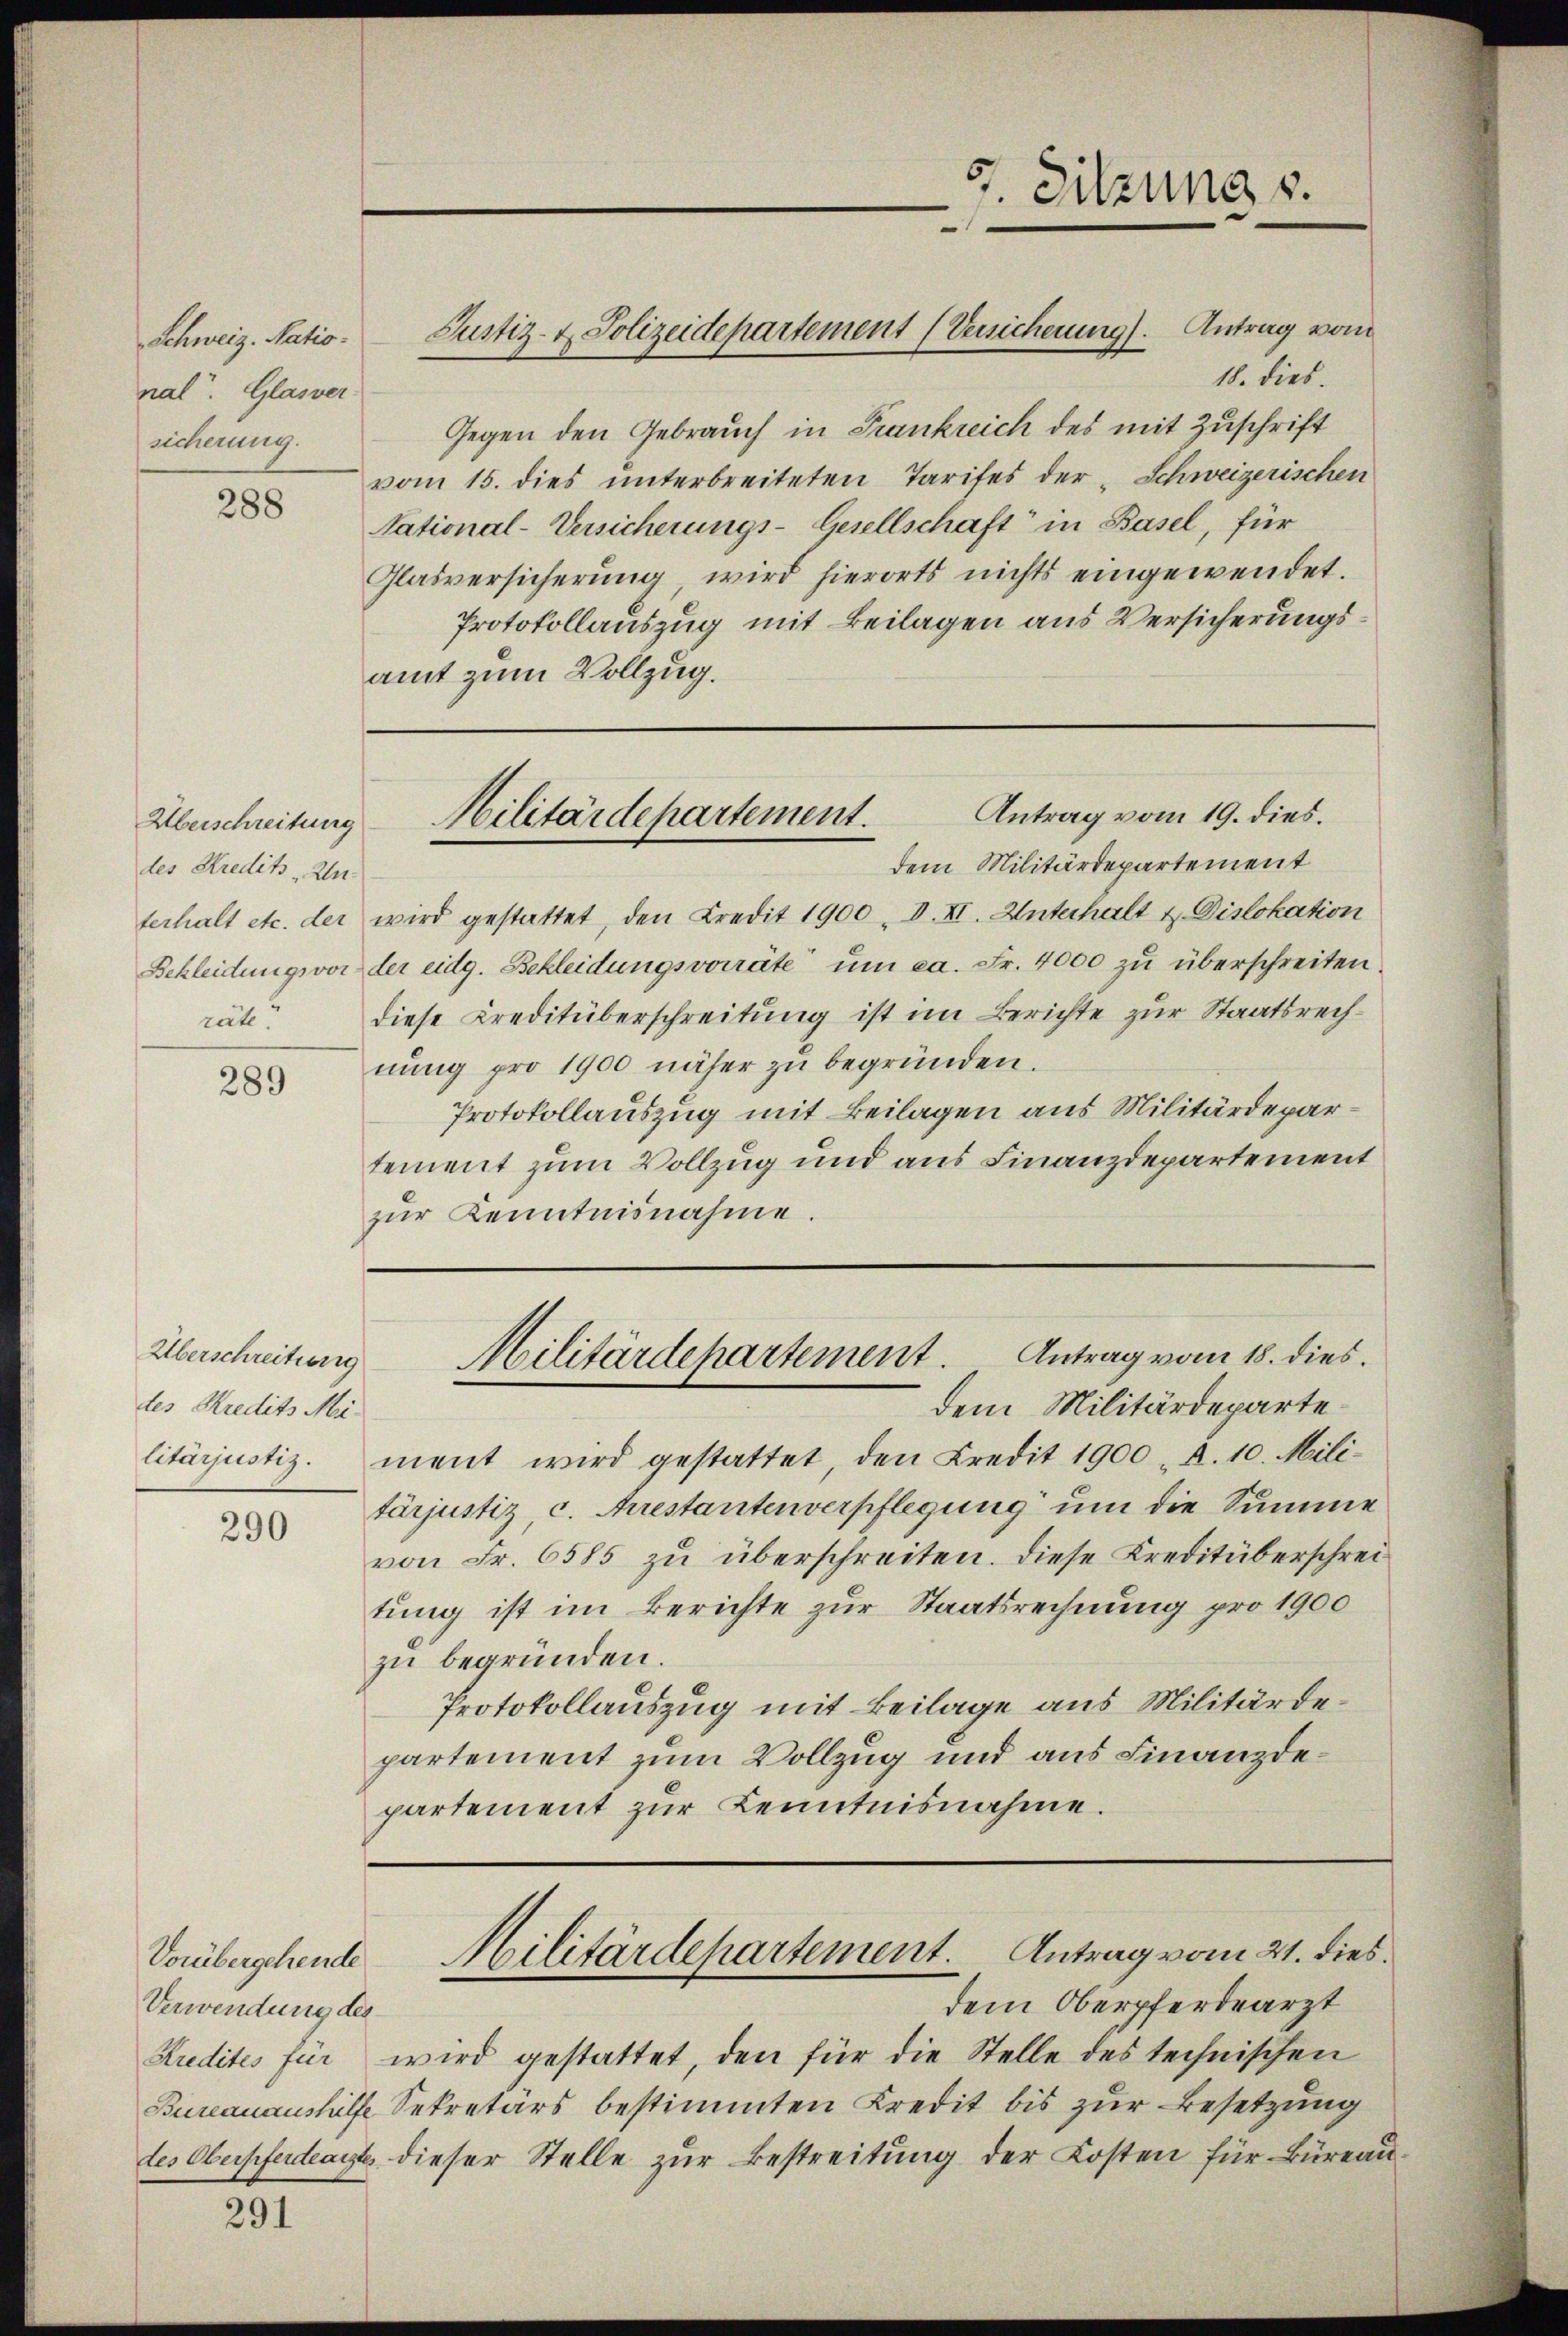
Schweiz. Natio
nal. Glasver
sicherung.

288

Überschreitung
des Kredit Unrät?

289

Überschreitung
des Kredits Mi¬

290

291

Vorübergehende
Verwendung des
Bureauaushülfe

18. dies.
Gegen den Gebrauch in Frankreich des mit Zuschrift
vom 15. dies unterbreiteten Tarifes der „Schweizerischen
National-Versicherungs-Gesellschaft in Basel, für
Glasversicherung, wird hierorts nichts eingewendet.
Protokollauszug mit Beilagen aus Versicherungsamt zum Vollzug.

Justiz- & Polizeidepartement (Versicherung). Antrag vom

dem Militärdepartement
terhalt etc. der wird gestattet, den Kredit 1900 . V. XI. Unterhalt & Dislokation
Schleidungsvor der eidg. Bekleidungsvorräte ŭm ea. Fr. 4000 zŭ überschreiten.
diese Kreditüberschreitung ist im Berichte zur Staatsrechnung pro 1900 näher zu begründen.
Protokollauszug mit Beilagen aus Militärdepartement zum Vollzug und aus Finanzdepartement
zŭr Kenntnisnahme.

dem Militärdeparte
litärjustiz, ment wird gestattet den Credit 1900 d. 10. Militärjustiz, c. Arrestantenverpflegung um die Summe
von Fr. 6585 zu überschreiten. Diese Kreditüberschreitung ist im Berichte zur Staatsrechnung pro 1900
zu begründen.
Protokollauszug mit Beilage aus Militärdepartement zum Vollzug und aus Finanzdepartement zŭr Kenntnisnahme.

5. Sitzung s.

Antrag vom 19. dies.
Militärdepartement.

Militärdepartement. Antrag vom 18. dies

Militärdepartement. Antrag vom 21. dies.

dem Oberpferdearzt
Kredites für wird gestattet, den für die Stelle des technischen
Sekretärs bestimmten Kredit bis zur Besetzung
des Oberpferdearzt dieser Stelle zur Bestreitung der Kosten für Büreau¬